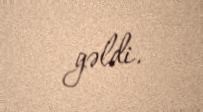
gəldi.